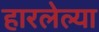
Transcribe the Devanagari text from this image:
हारलेल्या